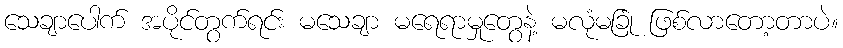
သေချာပေါက် အပိုင်တွက်ရင်း မသေချာ မရေရာမှုတွေနဲ့ မလုံမခြုံ ဖြစ်လာတော့တာပဲ။